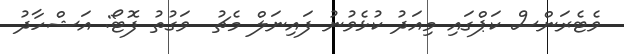
ވެޓެރަންސް ކަޕްގައި މިއަދު ކުޅެވުނު ފައިނަލް މެޗު  ވަގުތު ފޮޓޯ: އަޝްހާދު